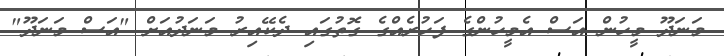
މަނަދޫ މީހުން އަސް އެމީހުންގެ ފަހުރެއްގެ ގޮތުގައި ދެކޭއިރު މަނަދުއަށް "އަސް މަނަދޫ"